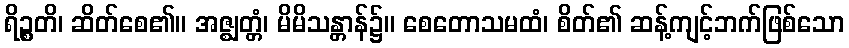
ရိဉ္စတိ၊ ဆိတ်စေ၏။ အဇ္ဈတ္တံ၊ မိမိသန္တာန်၌။ စေတောသမထံ၊ စိတ်၏ ဆန့်ကျင့်ဘက်ဖြစ်သော